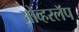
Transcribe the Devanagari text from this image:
ओव्हरलॅप